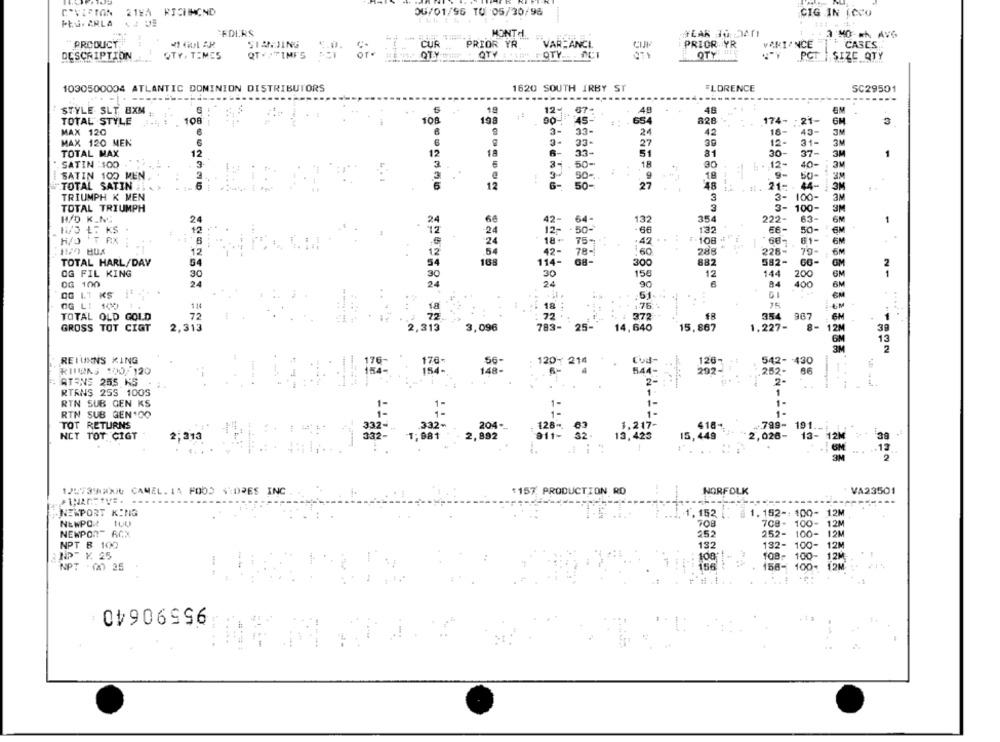
COVIPTON
21WA RICHMOND
06/01/96 TU 05/30/96
CIG IN (CC0
PLU. ARLA
CEDERS
MONTH.
3 :HO ** AVG
PRODUCT
SIANJING
CUR
PRIOR YR.
VAR-ANCI
PRIOR YR
VARIANCE
CASES
OTY
DESCRIPTION
QTY. TIMES
QTY IFI
QTY
OTY
PCT | SIZE QTY
1030500004 ATLANTIC DOMINION DISTRIBUTORS
1620 SOUTH IRBY ST
FLORENCE
SC29501
STYLE SLT BXM
15
12.
67-
49
48
90-
TOTAL STYLE
108
---
108
198
45-
654
828
174- 21-
MAX 120
6
2-
33-
24
42
18-
45-
3M
MAX 120 MEN
33-
27
39
12-
31-
6
3M
TOTAL MAX
12
1A
6
33-
51
81
30-
37-
3M
1
3-
50-
18
12-
3M
SATIN :100
30 .
40-
SATIN 100 MEN
9
.18
9-
50-
: 3M
TOTAL SATIN
6-
50-
27
48
1 . 1. 21 =.
44-
3M
12
TRIUMPH K MEN
3
3- 100-
3M
TOTAL TRIUMPH
3- 100-
3M
H/D K.M.
24
24
42- 64-
64
132
354
222-
63-
1
. 50-
-66
132
66-
50-
6M
12 :
12
.42 . .
H/O TAX
24
18+
75-
108
61-
6M
12
. 1.
42-
78 -
.60
288
228-
79-
6M
TOTAL HARL/DAY
54
168
114-
300
882
GM
2
OG FIL KING
30
30
158
12
144
GM
OG 100
24
30
90
6
84
200
24
400
6M
00 1.1 KS
:51
OG LI 100
144
.76
.....
TOTAL OLD GOLD
-----
372
FR
354
6M
2,313
783-
25-
14,640
-
8- 12M
GROSS TOT CIGT
2,313
3,096
15,867
GM
13
3M
2
RETURNS KING
176-
56-
1207 214
Con-
126-
542- 430
RINING 100/ 120
-
154-
148-
4
202-
86
154-
-.
RTENS 255 KS
2.
RTENS 25S 100S
RTN SUB GEN KS
RTN SUB GEN.00
TOT RETURNS
204.
332-
128
1,217-
418+
-789- 191 .-
NCT TOT CIGT
2,892
13,423
15,449
2,026-
13-
2,313
332-
12M
NORFOLK
VA23501
1297390000 CAMEL. IA FOOD STORES INC
1157 PRODUCTION RD
NEWPORT KING
1. 152
1. 152 -: 100- 12M
708
708- 100-
12M
NEWPORT RCX
252- 100-
12M
NPT & 100
132
132- 100-
12M
NPT Y. 25
108. 100-
12M
-
NPT . 00 25
158- 100-
95590640